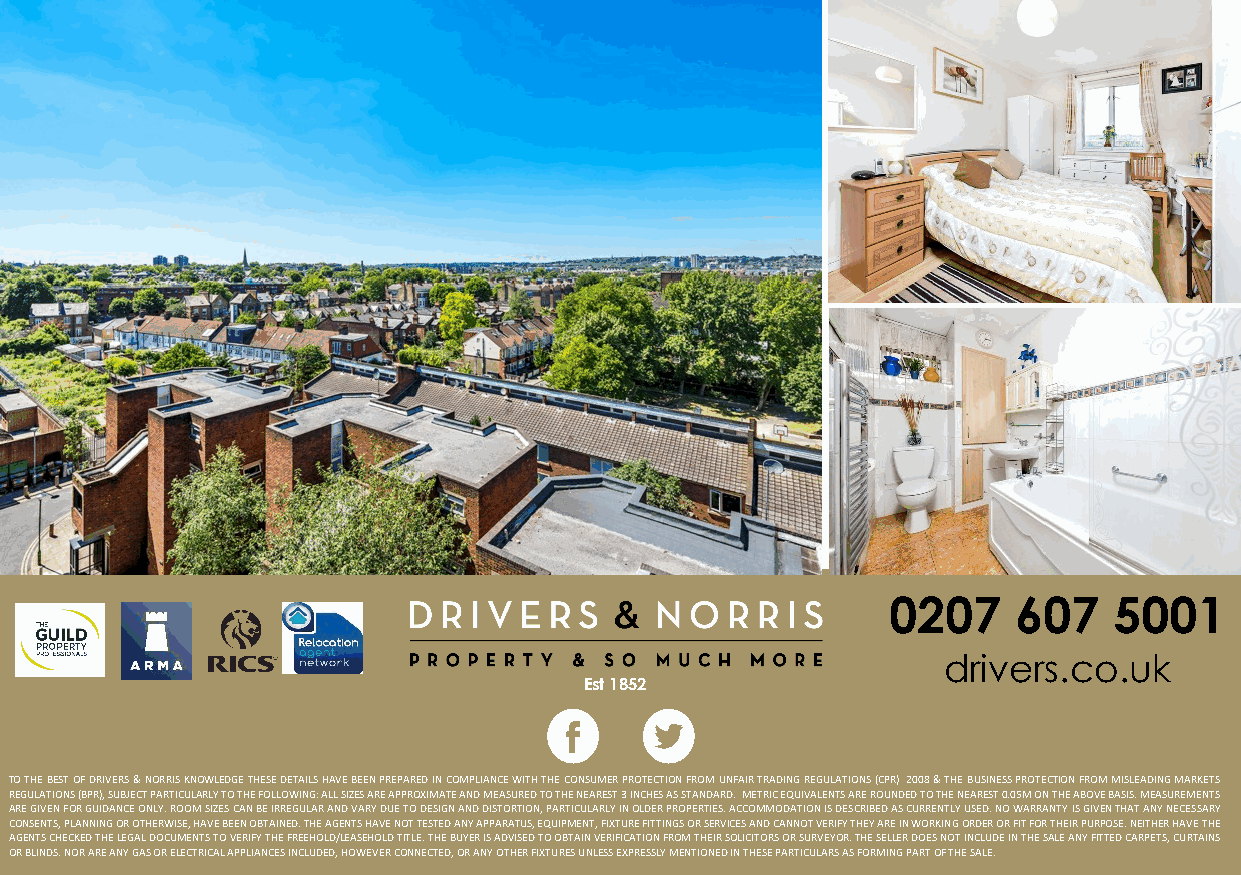
0207    607    5001
 drivers.co.uk
 Est 1852
 TO THE BEST OF DRIVERS & NORRIS KNOWLEDGE THESE DETAILS HAVE BEEN PREPARED IN COMPLIANCE WITH THE CONSUMER PROTECTION FROM UNFAIR TRADING REGULATIONS (CPR) 2008 & THE BUSINESS PROTECTION FROM MISLEADING MARKETS
 REGULATIONS (BPR), SUBJECT PARTICULARLY TO THE FOLLOWING: ALL SIZES ARE APPROXIMATE AND MEASURED TO THE NEAREST 3 INCHES AS STANDARD. METRIC EQUIVALENTS ARE ROUNDED TO THE NEAREST 0.05M ON THE ABOVE BASIS. MEASUREMENTS
 ARE GIVEN FOR GUIDANCE ONLY. ROOM SIZES CAN BE IRREGULAR AND VARY DUE TO DESIGN AND DISTORTION, PARTICULARLY IN OLDER PROPERTIES. ACCOMMODATION IS DESCRIBED AS CURRENTLY USED. NO WARRANTY IS GIVEN THAT ANY NECESSARY
 CONSENTS, PLANNING OR OTHERWISE, HAVE BEEN OBTAINED. THE AGENTS HAVE NOT TESTED ANY APPARATUS, EQUIPMENT, FIXTURE FITTINGS OR SERVICES AND CANNOT VERIFY THEY ARE IN WORKING ORDER OR FIT FOR THEIR PURPOSE. NEITHER HAVE THE
 AGENTS CHECKED THE LEGAL DOCUMENTS TO VERIFY THE FREEHOLD/LEASEHOLD TITLE. THE BUYER IS ADVISED TO OBTAIN VERIFICATION FROM THEIR SOLICITORS OR SURVEYOR. THE SELLER DOES NOT INCLUDE IN THE SALE ANY FITTED CARPETS, CURTAINS
 OR BLINDS. NOR ARE ANY GAS OR ELECTRICAL APPLIANCES INCLUDED, HOWEVER CONNECTED, OR ANY OTHER FIXTURES UNLESS EXPRESSLY MENTIONED IN THESE PARTICULARS AS FORMING PART OF THE SALE.